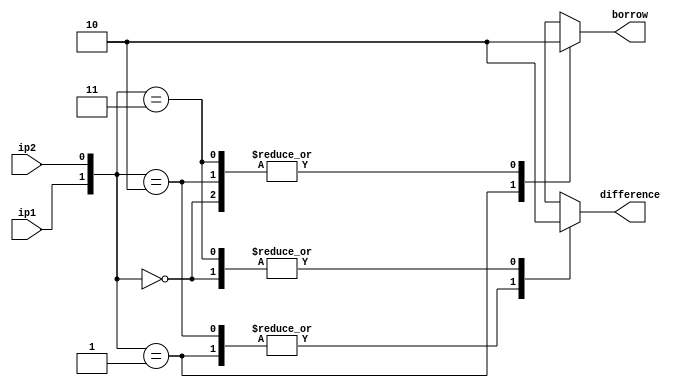
`timescale 1ns / 1ps
//////////////////////////////////////////////////////////////////////////////////

// ID     : N180116
//Branch  : ECE
//Project : RTL design using Verilog
//Design  : Half Subtractor using Behavioral Model
//Module  : Main Design Module
//RGUKT NUZVID 
//////////////////////////////////////////////////////////////////////////////////


module HS_BL(ip1,ip2,borrow,difference);
input ip1,ip2;
output reg borrow,difference;

always@(ip1,ip2) begin
    case({ip1,ip2})
        2'b00   :   begin   borrow=0;   difference=0;   end
        2'b01   :   begin   borrow=1;   difference=1;   end
        2'b10   :   begin   borrow=0;   difference=1;   end
        2'b11   :   begin   borrow=0;   difference=0;   end
        default :   begin   borrow=0;   difference=0;   end
    endcase
end
endmodule